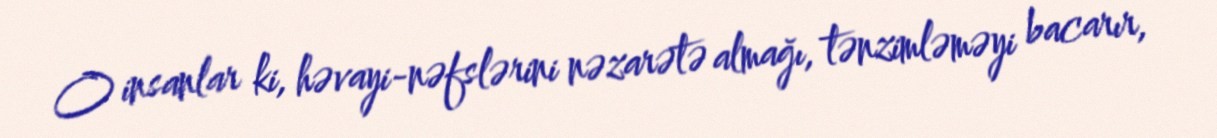
O insanlar ki, həvayi-nəfslərini nəzarətə almağı, tənzimləməyi bacarır,